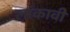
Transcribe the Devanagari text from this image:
लांकावी